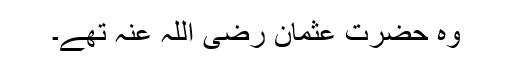
وہ حضرت عثمان رضی اللہ عنہ تھے۔